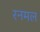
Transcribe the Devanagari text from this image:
रनमल